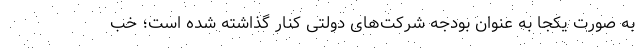
به صورت یکجا به عنوان بودجه شرکت‌های دولتی کنار گذاشته شده است؛ خب